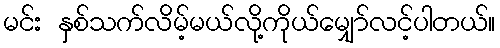
မင်း နှစ်သက်လိမ့်မယ်လို့ကိုယ်မျှော်လင့်ပါတယ်။